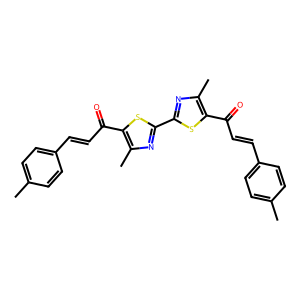
SMILES: Cc1ccc(C=CC(=O)c2sc(-c3nc(C)c(C(=O)C=Cc4ccc(C)cc4)s3)nc2C)cc1
Inhibits HIV replication: No